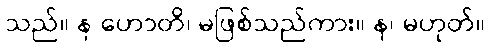
သည်။ န ဟောတိ၊ မဖြစ်သည်ကား။ န၊ မဟုတ်။